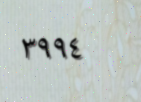
٣٩٩٤